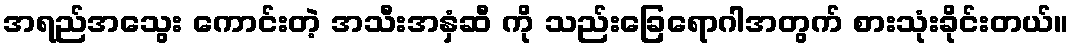
အရည်အသွေး ကောင်းတဲ့ အသီးအနှံဆီ ကို သည်းခြေရောဂါအတွက် စားသုံးခိုင်းတယ်။